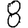
Digit: 8